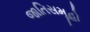
જાતિસમૂહો